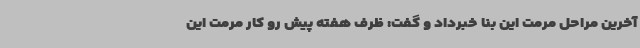
آخرین مراحل مرمت این بنا خبرداد و گفت: ظرف هفته پیش رو کار مرمت این